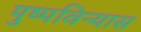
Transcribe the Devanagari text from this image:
पुष्पविन्यास